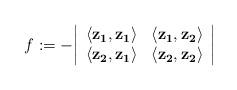
LaTeX: \begin{align*} f:= -\bigg\lvert \begin{array}{cc}\langle\mathbf{z_1},\mathbf{z_1}\rangle & \langle\mathbf{z_1},\mathbf{z_2}\rangle\\\langle\mathbf{z_2},\mathbf{z_1}\rangle & \langle\mathbf{z_2},\mathbf{z_2}\rangle\end{array}\bigg\vert \end{align*}